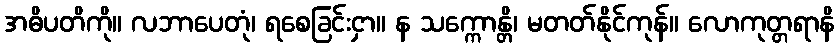
အဓိပတိကို။ လဘာပေတုံ၊ ရစေခြင်းငှာ။ န သက္ကောန္တိ၊ မတတ်နိုင်ကုန်။ လောကုတ္တရာနိ